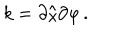
k = \partial / \partial \varphi \, .